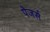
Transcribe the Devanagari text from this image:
पेजर्स